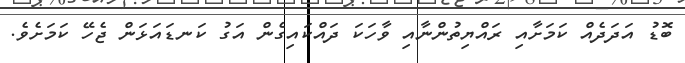
ބޮޑު އަދަދެއް ކަމަށާއި ރައްޔިތުންނާއި ވާހަކަ ދައްކައިގެން އަގު ކަނޑައަޅަން ޖެހޭ ކަމަށެވެ.